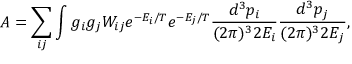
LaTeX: A = \sum _ { i j } \int g _ { i } g _ { j } W _ { i j } e ^ { - E _ { i } / T } e ^ { - E _ { j } / T } \frac { d ^ { 3 } p _ { i } } { ( 2 \pi ) ^ { 3 } 2 E _ { i } } \frac { d ^ { 3 } p _ { j } } { ( 2 \pi ) ^ { 3 } 2 E _ { j } } ,